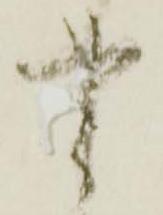
書